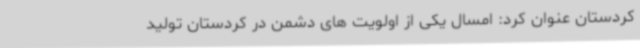
کردستان عنوان کرد: امسال یکی از اولویت های دشمن در کردستان تولید